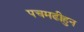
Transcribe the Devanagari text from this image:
पचमढीहुन